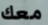
معك